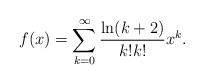
LaTeX: \begin{align*}f(x)=\sum_{k=0}^{\infty} \frac{\ln(k+2)}{k!k!}x^k.\end{align*}